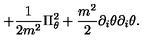
+ { \frac { 1 } { 2 m ^ { 2 } } } \Pi _ { \theta } ^ { 2 } + { \frac { m ^ { 2 } } { 2 } } \partial _ { i } \theta \partial _ { i } \theta .